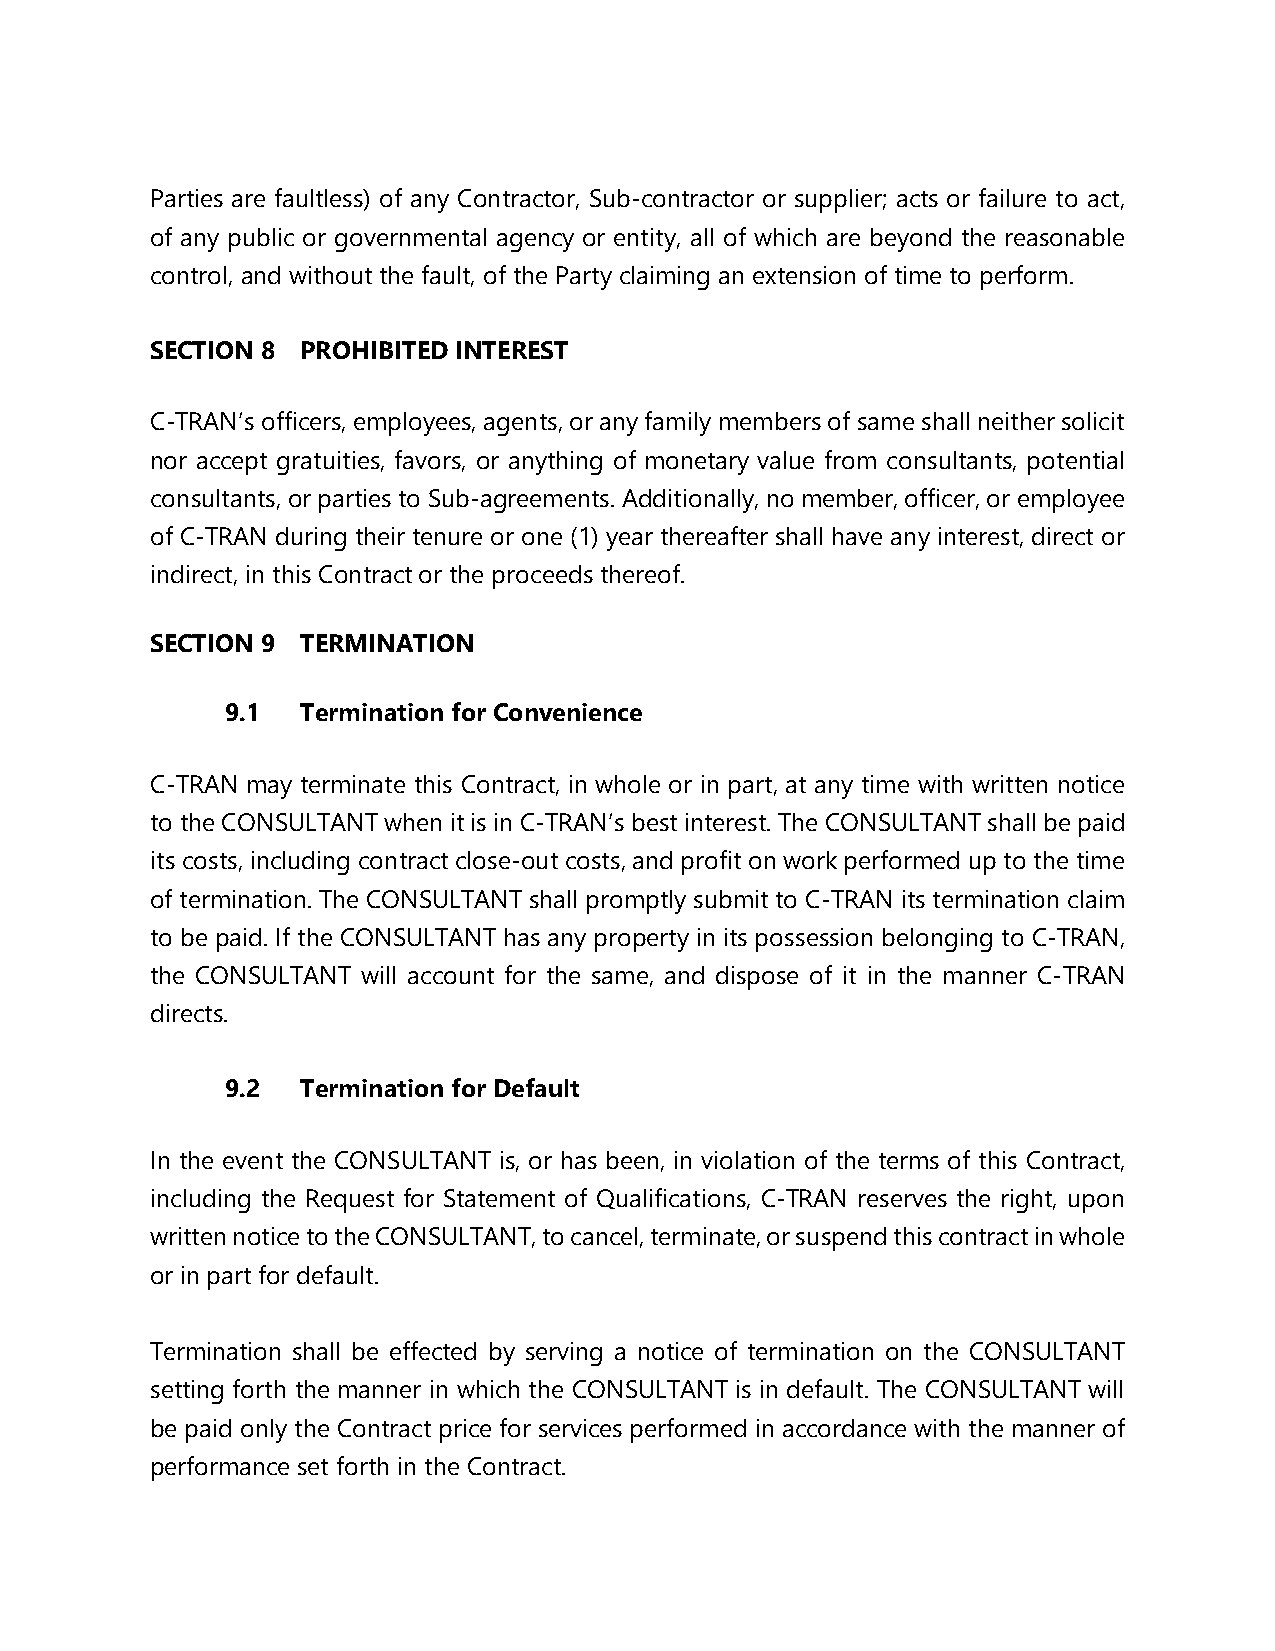
Parties are faultless) of any Contractor, Sub-contractor or supplier; acts or failure to act,
 of any public or governmental agency or entity, all of which are beyond the reasonable
 control, and without the fault, of the Party claiming an extension of time to perform.
 SECTION 8 PROHIBITED INTEREST
 C-TRAN’s officers, employees, agents, or any family members of same shall neither solicit
 nor accept gratuities, favors, or anything of monetary value from consultants, potential
 consultants, or parties to Sub-agreements. Additionally, no member, officer, or employee
 of C-TRAN during their tenure or one (1) year thereafter shall have any interest, direct or
 indirect, in this Contract or the proceeds thereof.
 SECTION 9 TERMINATION
 9.1  Termination for Convenience
 C-TRAN may terminate this Contract, in whole or in part, at any time with written notice
 to the CONSULTANT when it is in C-TRAN’s best interest. The CONSULTANT shall be paid
 its costs, including contract close-out costs, and profit on work performed up to the time
 of termination. The CONSULTANT shall promptly submit to C-TRAN its termination claim
 to be paid. If the CONSULTANT has any property in its possession belonging to C-TRAN,
 the CONSULTANT will account for the same, and dispose of it in the manner C-TRAN
 directs.
 9.2  Termination for Default
 In the event the CONSULTANT is, or has been, in violation of the terms of this Contract,
 including the Request for Statement of Qualifications, C-TRAN reserves the right, upon
 written notice to the CONSULTANT, to cancel, terminate, or suspend this contract in whole
 or in part for default.
 Termination shall be effected by serving a notice of termination on the CONSULTANT
 setting forth the manner in which the CONSULTANT is in default. The CONSULTANT will
 be paid only the Contract price for services performed in accordance with the manner of
 performance set forth in the Contract.